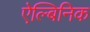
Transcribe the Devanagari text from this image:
ऐल्बिनिक